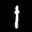
Label: 1